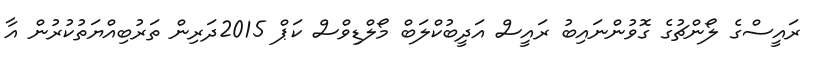
ރައީސްގެ ލޯންޗުގެ ގޮވުންނައިބު ރައީސް އަދީބުކްލަބް މޯލްޑިވްސް ކަޕް 2015ދަރިން ތަރުބިއްޔަތުކުރުން އާ